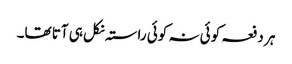
ہر دفعہ کوئی نہ کوئی راستہ نکل ہی آتا تھا۔